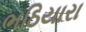
ભઠિયારા